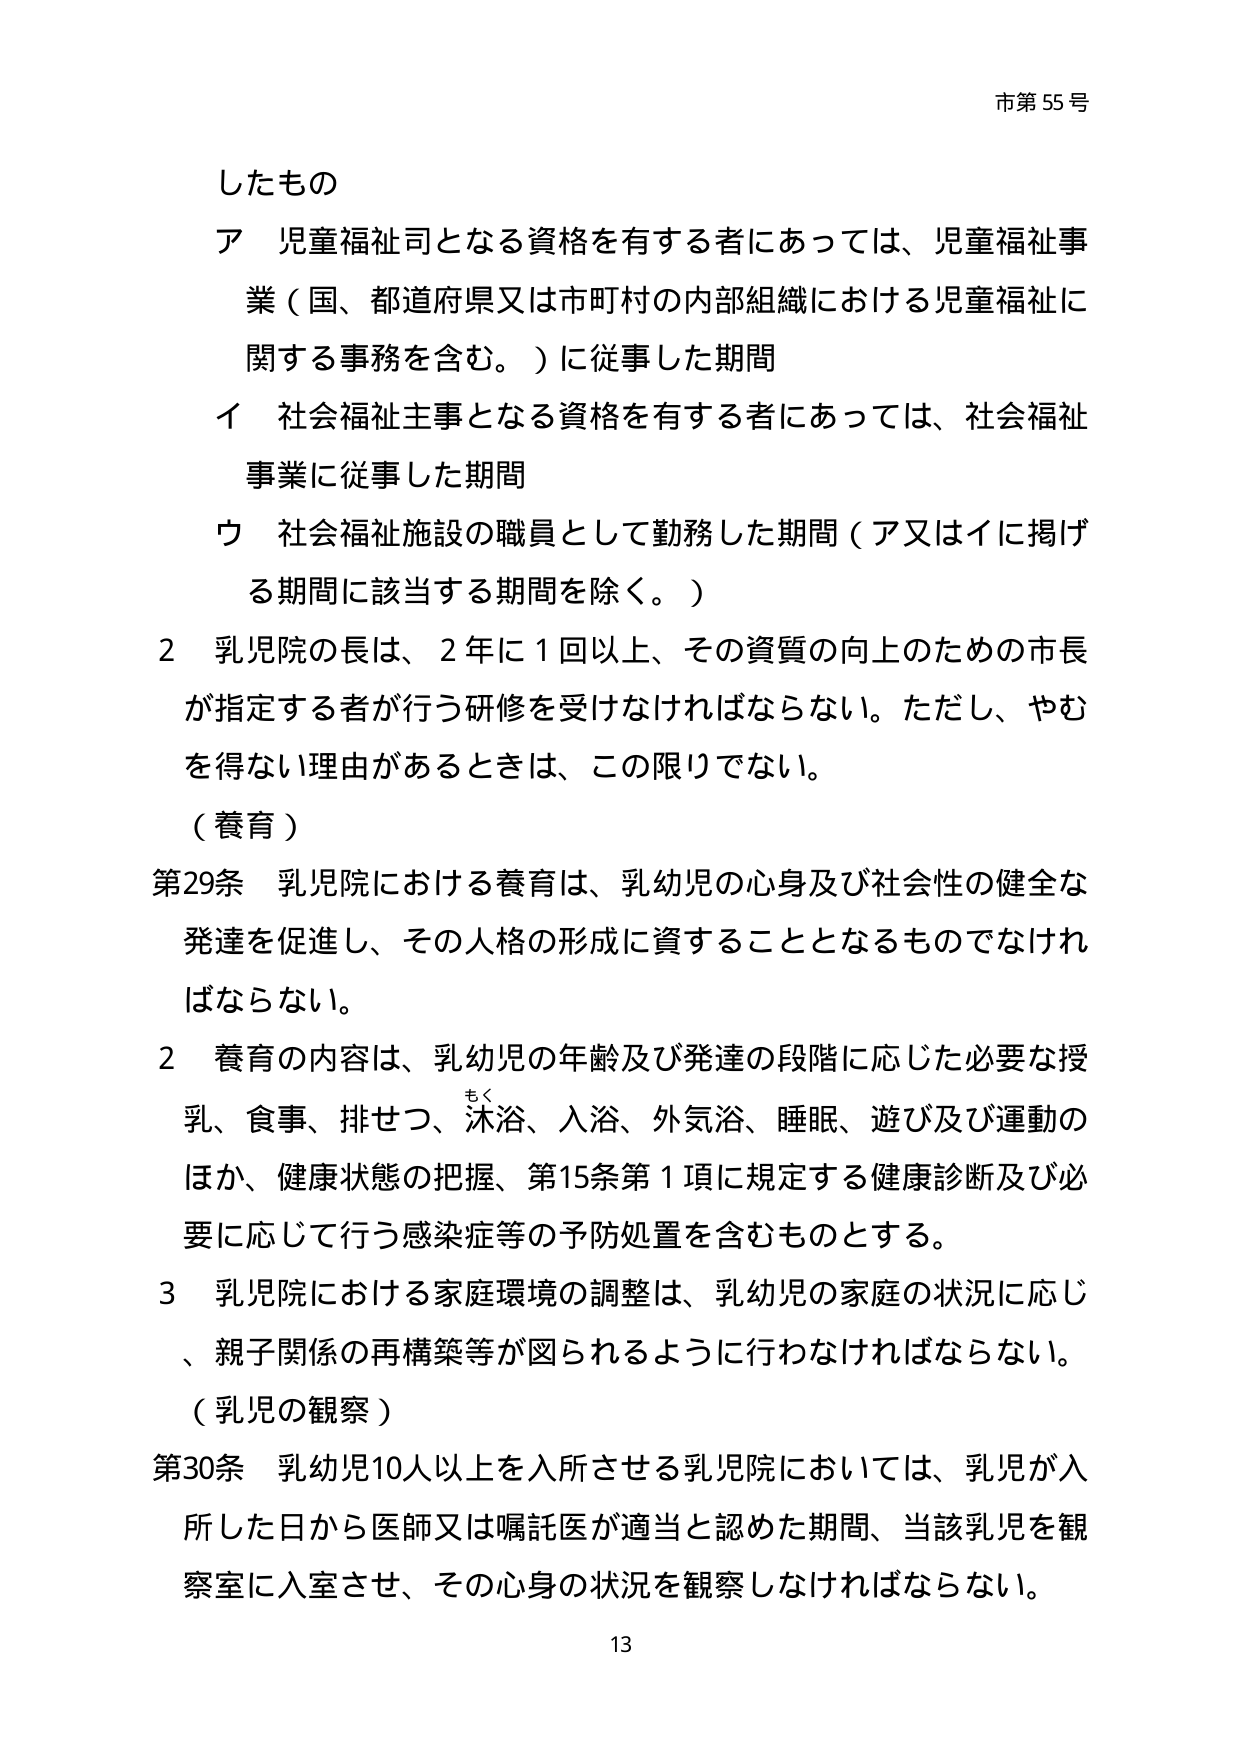
市第55号

したものの
ア 児童福祉司となる資格を有する者にあっては、児童福祉事業（国、都道府県又は市町村の内部組織における児童福祉に関する事務を含む。）に従事した期間
イ 社会福祉主事となる資格を有する者にあっては、社会福祉事業に従事した期間
ウ 社会福祉施設の職員として勤務した期間（ア又はイに掲げる期間に該当する期間を除く。）

2 乳児院の長は、2年に1回以上、その資質の向上のための市長が指定する者が行う研修を受けなければならない。ただし、やむを得ない理由があるときは、この限りでない。

（養育）
第29条 乳児院における養育は、乳幼児の心身及び社会性の健全な発達を促進し、その人格の形成に資することとなるものでなければならない。

2 養育の内容は、乳幼児の年齢及び発達の段階に応じた必要な授乳、食事、排せつ、沐浴、入浴、外気浴、睡眠、遊び及び運動のほか、健康状態の把握、第15条第1項に規定する健康診断及び必要に応じて行う感染症等の予防処置を含むものとする。

3 乳児院における家庭環境の調整は、乳幼児の家庭の状況に応じ、親子関係の再構築等が図られるように行わなければならない。

（乳児の観察）
第30条 乳幼児10人以上を入所させる乳児院においては、乳児が入所した日から医師又は嘱託医が適当と認めた期間、当該乳児を観察室に入室させ、その心身の状況を観察しなければならない。

13